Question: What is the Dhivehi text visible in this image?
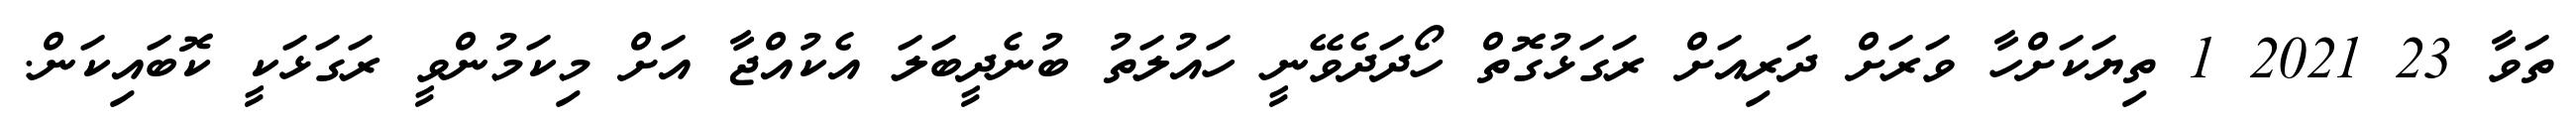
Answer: ތަވާ 23 2021 1 ތިޔަކަށްހާ ވަރަށް ދަރިއަށް ރަގަޅުގޮތް ހޯދަދެވޭނީ ހައުލަތު ބުނެދީބަލަ އެކުއްޖާ އަށް މިކަމުންވީ ރަގަޅަކީ ކޮބައިކަން.